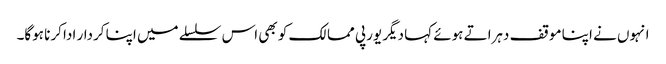
انہوں نے اپنا موقف دہراتے ہوئے کہا دیگر یورپی ممالک کو بھی اس سلسلے میں اپنا کردار ادا کرنا ہوگا۔